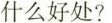
什么好处?